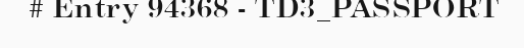
# Entry 94368 - TD3_PASSPORT